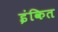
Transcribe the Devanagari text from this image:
इंकित